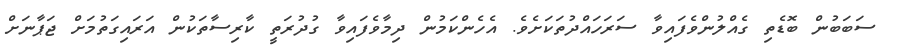
ސަބަބުން ބޮޑެތި ގެއްލުންވެފައިވާ ސަރަހައްދުތަކަށެވެ. އެހެންކަމުން ދިމާވެފައިވާ ގުދުރަތީ ކާރިސާތަކުން އަރައިގަތުމަށް ޖަޕާނަށް